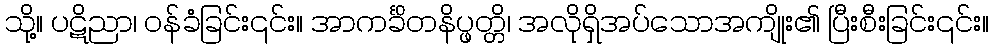
သို့။ ပဋိညာ၊ ဝန်ခံခြင်း၎င်း။ အာကင်္ခိတနိပ္ဖတ္တိ၊ အလိုရှိအပ်သောအကျိုး၏ ပြီးစီးခြင်း၎င်း။